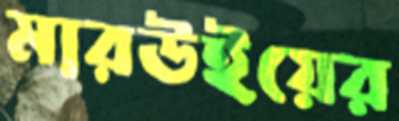
মারউইয়ের